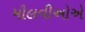
મૌલવીઓએ